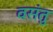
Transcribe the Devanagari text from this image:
वसंतु